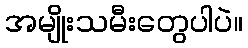
အမျိုးသမီးတွေပါပဲ။